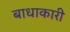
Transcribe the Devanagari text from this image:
बाधाकारी